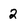
Character: 2